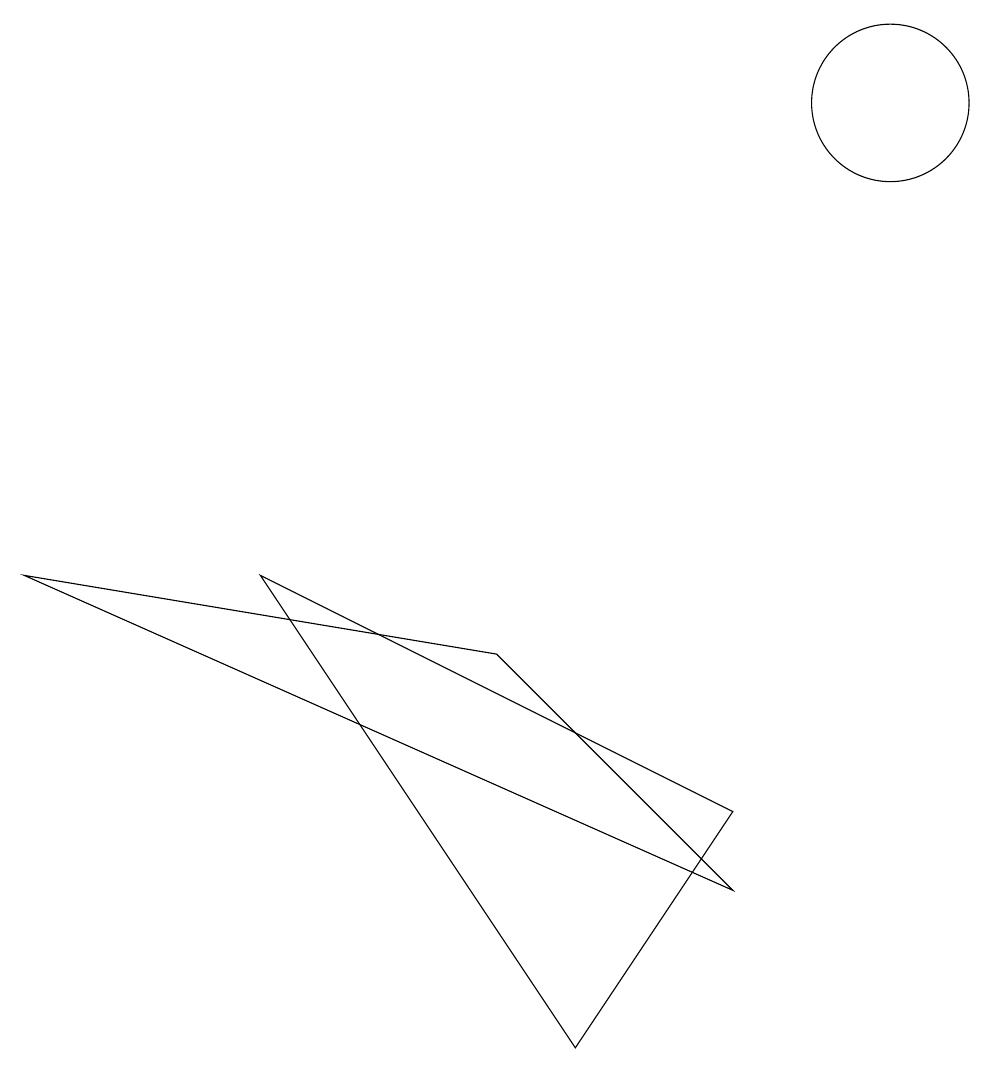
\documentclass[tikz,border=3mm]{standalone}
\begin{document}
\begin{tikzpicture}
\draw (3,6) -- (7,0) -- (9,3) -- cycle;
\draw (9,2) -- (6,5) -- (0,6) -- cycle;
\draw (11,10) circle (0);
\draw (11,12) circle (1);
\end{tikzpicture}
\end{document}